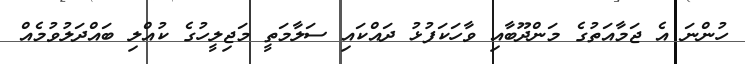
ހުންނަ އެ ޖަމާއަތުގެ މަންދޫބާއި ވާހަަކަފުޅު ދައްކައި ސަލާމަތީ މަޖިލީހުގެ ކުއްލި ބައްދަލުވުމެއް